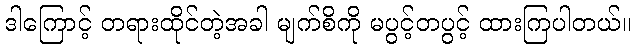
ဒါကြောင့် တရားထိုင်တဲ့အခါ မျက်စိကို မပွင့်တပွင့် ထားကြပါတယ်။